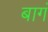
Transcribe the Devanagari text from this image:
बागं